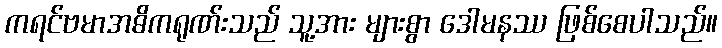
ကရင်ဗမာအဓိကရုဏ်းသည် သူ့အား များစွာ ဒေါမနဿ ဖြစ်စေပါသည်။